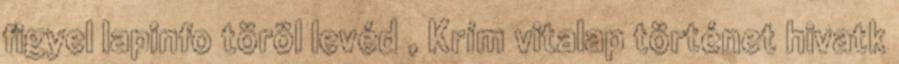
figyel lapinfo töröl levéd , Krím vitalap történet hivatk